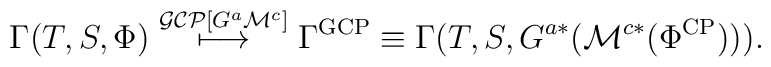
\Gamma(T,S,\Phi)\stackrel{\mathcal{GCP}[G^{a}\mathcal{M}^c]}{\longmapsto} \Gamma^{\rm GCP} \equiv \Gamma(T,S,G^{a*}(\mathcal{M}^{c*}(\Phi^{\rm CP}))).